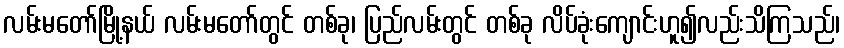
လမ်းမတော်မြို့နယ် လမ်းမတော်တွင် တစ်ခု၊ ပြည်လမ်းတွင် တစ်ခု လိပ်ခုံးကျောင်းဟူ၍လည်းသိကြသည်၊